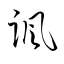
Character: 諷